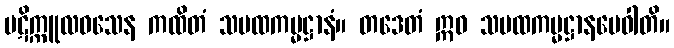
ပဋိက္ကူလဝသေန ကထိတံ သမထကမ္မဋ္ဌာနံ။ တဒေတံ ဣဓ သမထကမ္မဋ္ဌာနမေဝါတိ။